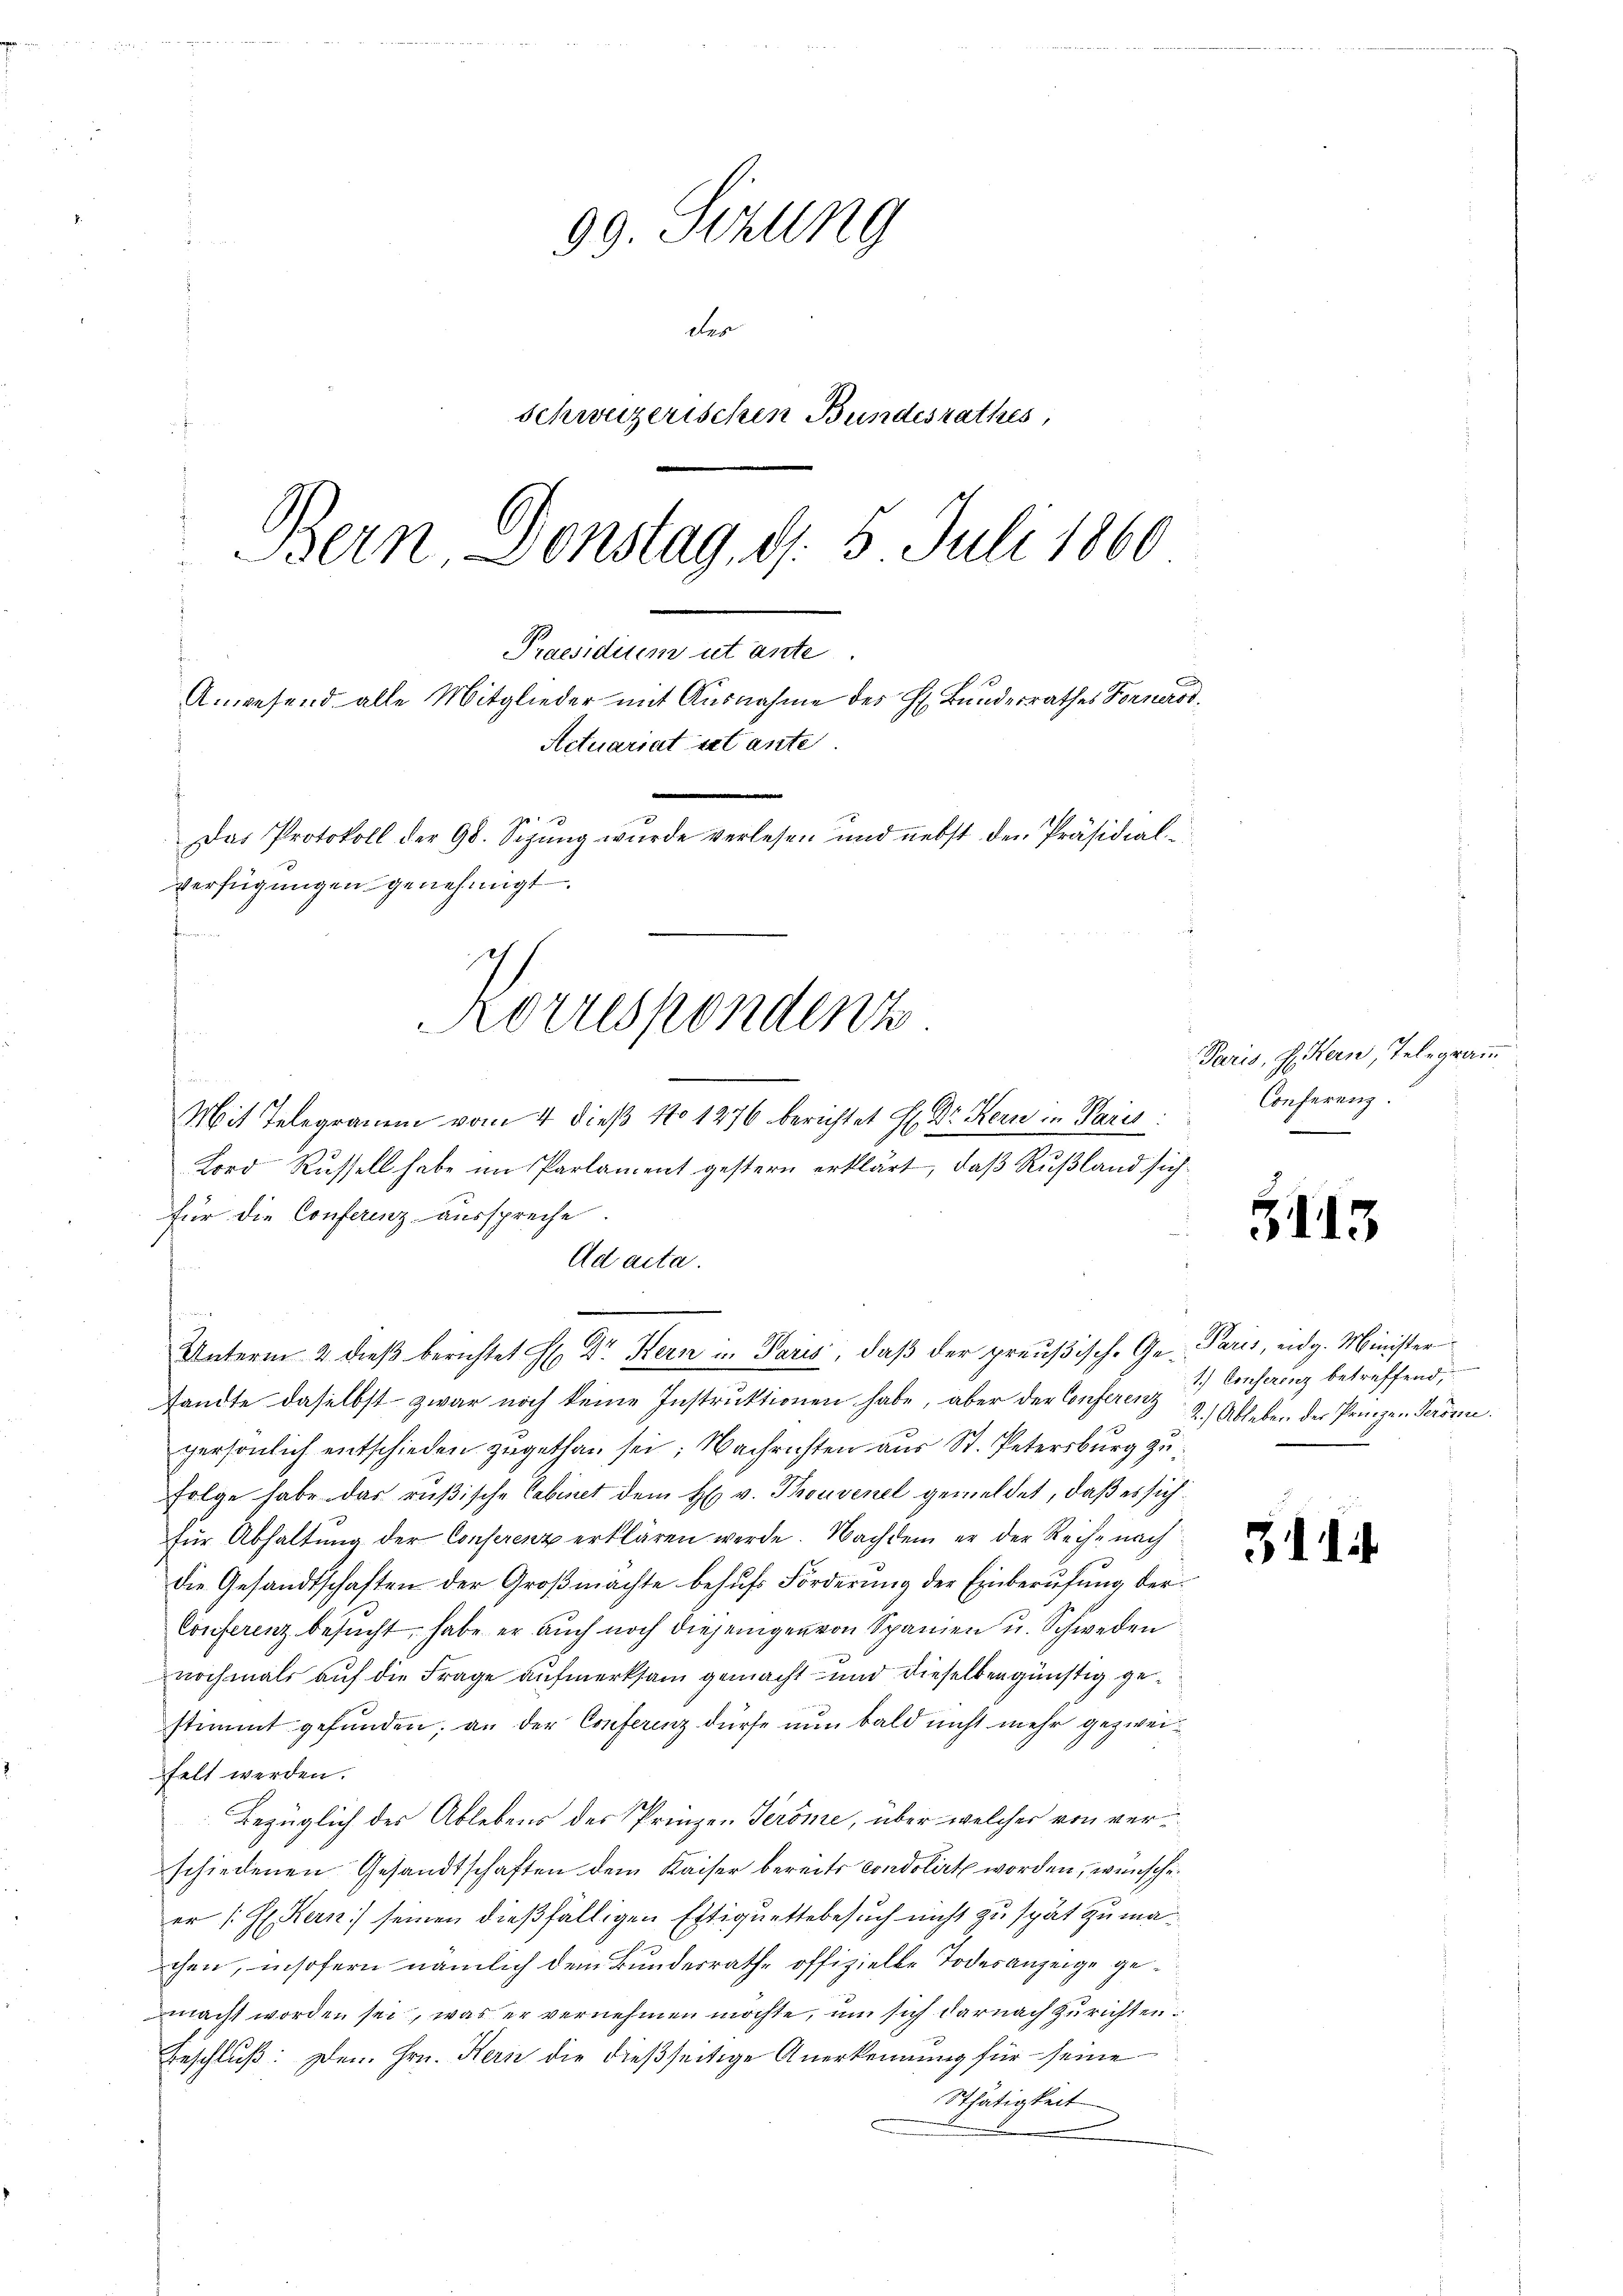
99. Sizung
der
Schweizerischen Bundesrathes
Bern Donstag, d. 5. Juli 1860
Praesidium ut ante.
Anwesend alle Mitglieder mit Ausnahme des H. Bundesrathes Fernerod¬
Actuariat ist ante
Das Protokoll der 98. Sizung wurde verlesen und nebst den Präsidial-
verfügungen genehmigt.
Gemeinen an
Korrespondenz

Mit Telegramm vom 4 dieß No 1476 berichtet H. Dr. Kern in Paris
Lord Russell habe im Parlament gestern erklärt, daß Rußland sich
für die Conferenz ausspreche.
Ad acta.
e
u
Unterm 2. dieβ berichtet H. Dr. Kern in Paris, daß der preußische Ge- Paris, eidg. Minister
sandte daselbst zwar noch keine Instruktionen habe, aber der Conferenz
persönlich entschieden zugethan sei; Nachrichten aus St. Petersburg zu¬
Folge habe das rußische Cabinet dem H. v. Thouvenel gemeldet, daß es sich
für Abhaltung der Conserenz erklären werde. Nachdem er der Reihe nach
die Gesandtschaften der Großmächte behufs Forderung der Einberufung der¬
Conferenz besucht, habe er auch noch diejenigen von Spanien u. Schweden
nochmals auf die Frage aufmerksam gemacht und dieselben günstig gestimmt gefunden; an der Conferenz dürfe nun bald nicht mehr gezweifelt werden.
Bezüglich des Ablebens des Pringen Teröme, über welcher von verschiedenen Gesandtschaften dem Kaiser bereits condolirt worden, wünsche
er (H. Kern) seinen dießfälligen Estiquettebesuch nicht zu spät zu machen, insofern nämlich dem Bundesrathe offizielte Todesanzeige gemacht worden sei, was er vernehmen möchte, um sich darnach Zurichten
Beschluß: Den Hrn. Hern die dießseitige Anerkennung für seine
Sthätigkeit

Paris, Eiern, Telegramm
Conferenz.
.

G113

1.) Conserenz betreffend,
2.) Ableben der Prinzen Terönne.

3. d.